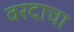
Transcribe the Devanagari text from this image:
वरदाचा